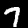
Digit: 7